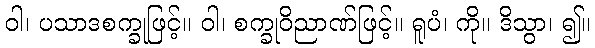
ဝါ၊ ပသာဒစက္ခုဖြင့်။ ဝါ၊ စက္ခုဝိညာဏ်ဖြင့်။ ရူပံ၊ ကို။ ဒိသွာ၊ ၍။